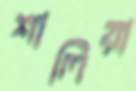
শালিয়া